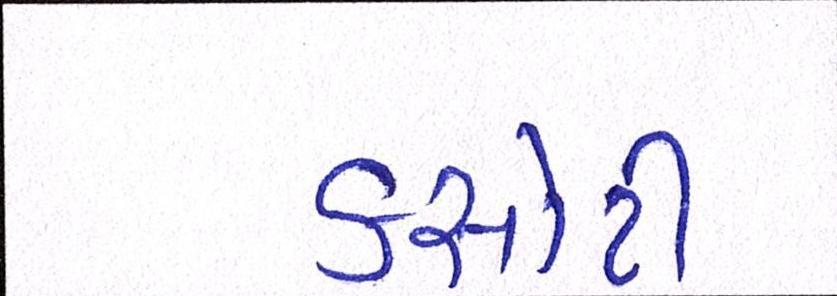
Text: કસોટી